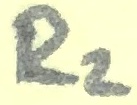
Text: R2